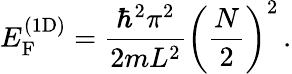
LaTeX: E_{\mathrm{F}}^{({\mathrm{1D}})}={\frac{\hbar^{2}\pi^{2}}{2mL^{2}}}\left({\frac{N}{2}}\right)^{2}\, .